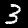
Label: 3